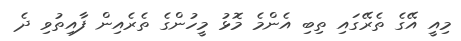
މިއީ އޭގެ ތެރޭގައި ތިބި އެންމެ މޮޅު މީހުންގެ ތެރެއިން ފާއިތުވި ދެ